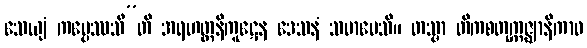
သေယျံ ကပ္ပေဿသီ”တိ အရဟတ္တနိကူဋေန ဒေသနံ သမာပေသိ။ တသ္မာ တိကစတုက္ကဇ္ဈာနိကာဝ